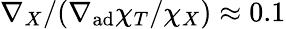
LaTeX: \nabla_{X}/(\nabla_{\mathrm{ad}}\chi_{T}/\chi_{X})\approx 0.1